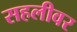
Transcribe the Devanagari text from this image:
सहलीवर